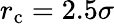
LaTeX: r_{\mathrm{c}}=2.5\sigma